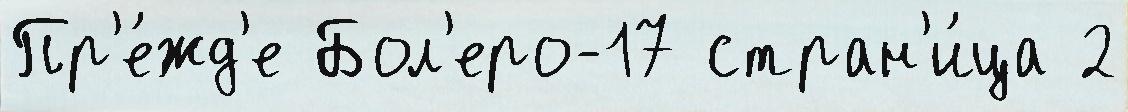
Пр'е́жд'е Бол'еро-17 стран'и́ца 2